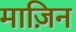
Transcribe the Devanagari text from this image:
माज़िन